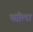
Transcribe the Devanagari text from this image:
षष्टीला